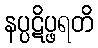
နပ္ပဋိပ္ဖရတိ